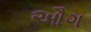
ઔગ